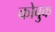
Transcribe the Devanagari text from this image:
कोबुक